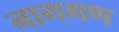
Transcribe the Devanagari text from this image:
नागगण